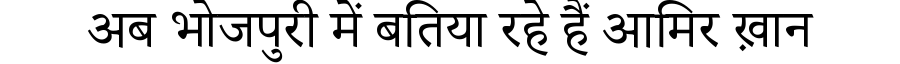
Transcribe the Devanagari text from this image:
अब भोजपुरी में बतिया रहे हैं आमिर ख़ान